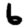
Digit: 6